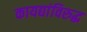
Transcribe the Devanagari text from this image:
कायद्यांविरुद्ध